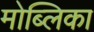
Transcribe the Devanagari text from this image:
मोब्लिका